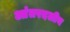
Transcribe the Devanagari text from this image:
आंतरदलीय